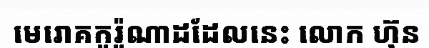
មេរោគកូរ៉ូណាដដែលនេះ លោក ហ៊ុន